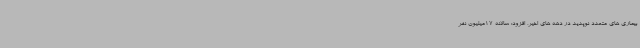
بیماری های متعدد نوپدید در دهه های اخیر، افزود: سالانه 17میلیون نفر